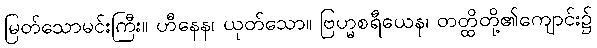
မြတ်သောမင်းကြီး။ ဟီနေန၊ ယုတ်သော။ ဗြဟ္မစရီယေန၊ တတ္ထိတို့၏ကျောင်း၌